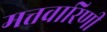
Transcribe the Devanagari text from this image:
मत्तवारिणी